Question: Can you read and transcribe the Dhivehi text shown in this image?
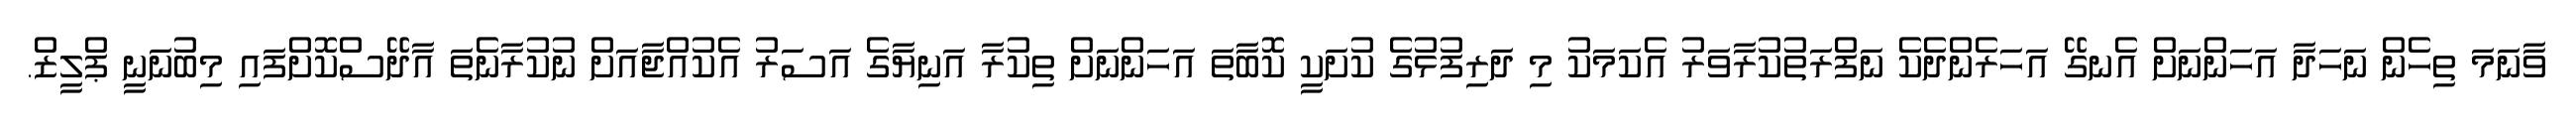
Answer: ވާނަމަ ތިހެން ނަހަދާ އަހަންނަށް އެނގޭ އަހަރެންދެކެ ނަފްރަތުކުރާވަރު އެކަމަކު މި ދަރިފުޅުގެ ކުށަކީ ކޮބާތަ އަހަންނަށް ތިކުރާ އަނިޔާގެ އަސަރު އެކުއްޖާއަށް ނުކުރާނެތަ އާދޭސްކޮށްފައި މިބުނަނީ ޕްލީޒް.